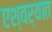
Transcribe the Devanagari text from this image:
एश्वर्यात